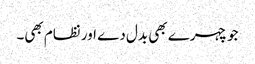
جو چہرے بھی بدل دے اور نظام بھی۔